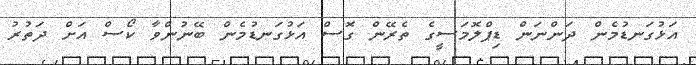
އަޅުގަނޑުމެން ދަންނަން ޑިޕްލޮމަސީގެ ތެރޭން ގޮސް އަޅުގަނޑުމެން ބޭނުންވާ ކޯސް އަށް ދަތުރު